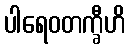
ပါရေဝတက္ခီဟိ